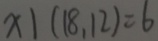
x \vert ( 1 8 , 1 2 ) = 6